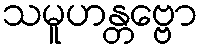
သမူဟန္တဗ္ဗော